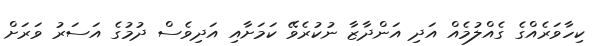
ކިހާވަރެއްގެ ގެއްލުމެއް އަދި އަންދާޒާ ނުކުރެވޭ ކަމަށާއި އަދިވެސް ދުމުގެ އަސަރު ވަރަށް